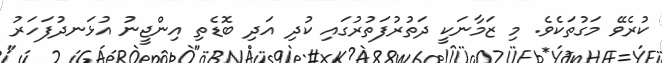
ކުރެވޭ މަގުތަކެވެ. މި ޒަމާނަކީ ދަތުރުފަތުރުގައި ކުދި އަދި ބޮޑެތި އިންޖީނު އުޅަނދުފަހަރު